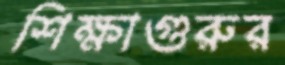
শিক্ষাগুরুর